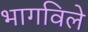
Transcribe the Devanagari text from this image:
भागविले